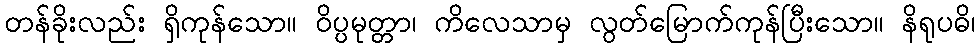
တန်ခိုးလည်း ရှိကုန်သော။ ဝိပ္ပမုတ္တာ၊ ကိလေသာမှ လွတ်မြောက်ကုန်ပြီးသော။ နိရုပဓိ၊